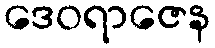
ဒေဝရာဇေန